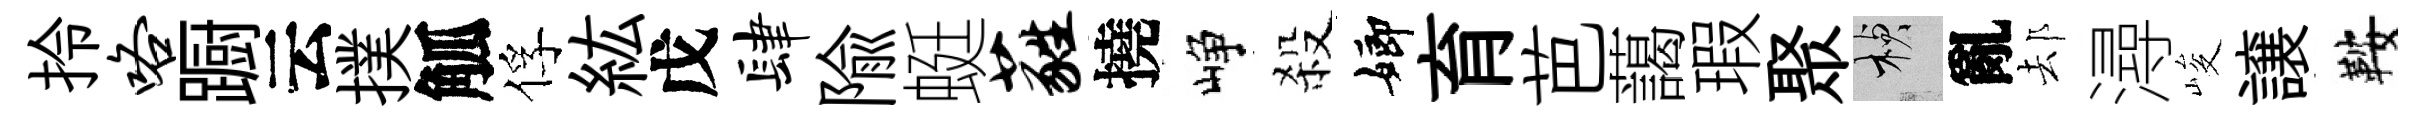
拎咯蹰云撲觚俘紘戊肆隃蜓蕤撓峥殺嫏育芭藹瑕聚楨亂𨚫潯峻譲鞍